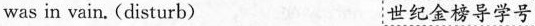
was in vain.(disturb) 世纪金榜导学号